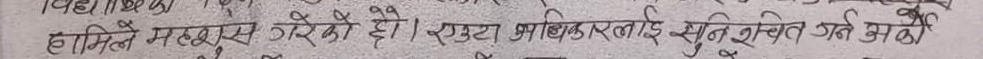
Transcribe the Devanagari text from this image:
हामीले महसुस गरेको हो। एउटा अधिकारलाई सुनिश्चित गर्न अगा